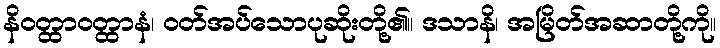
နိဝတ္ထာဝတ္ထာနံ၊ ဝတ်အပ်သောပုဆိုးတို့၏။ ဒသာနိ၊ အမြိတ်အဆာတို့ကို။